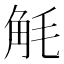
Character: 𮗥